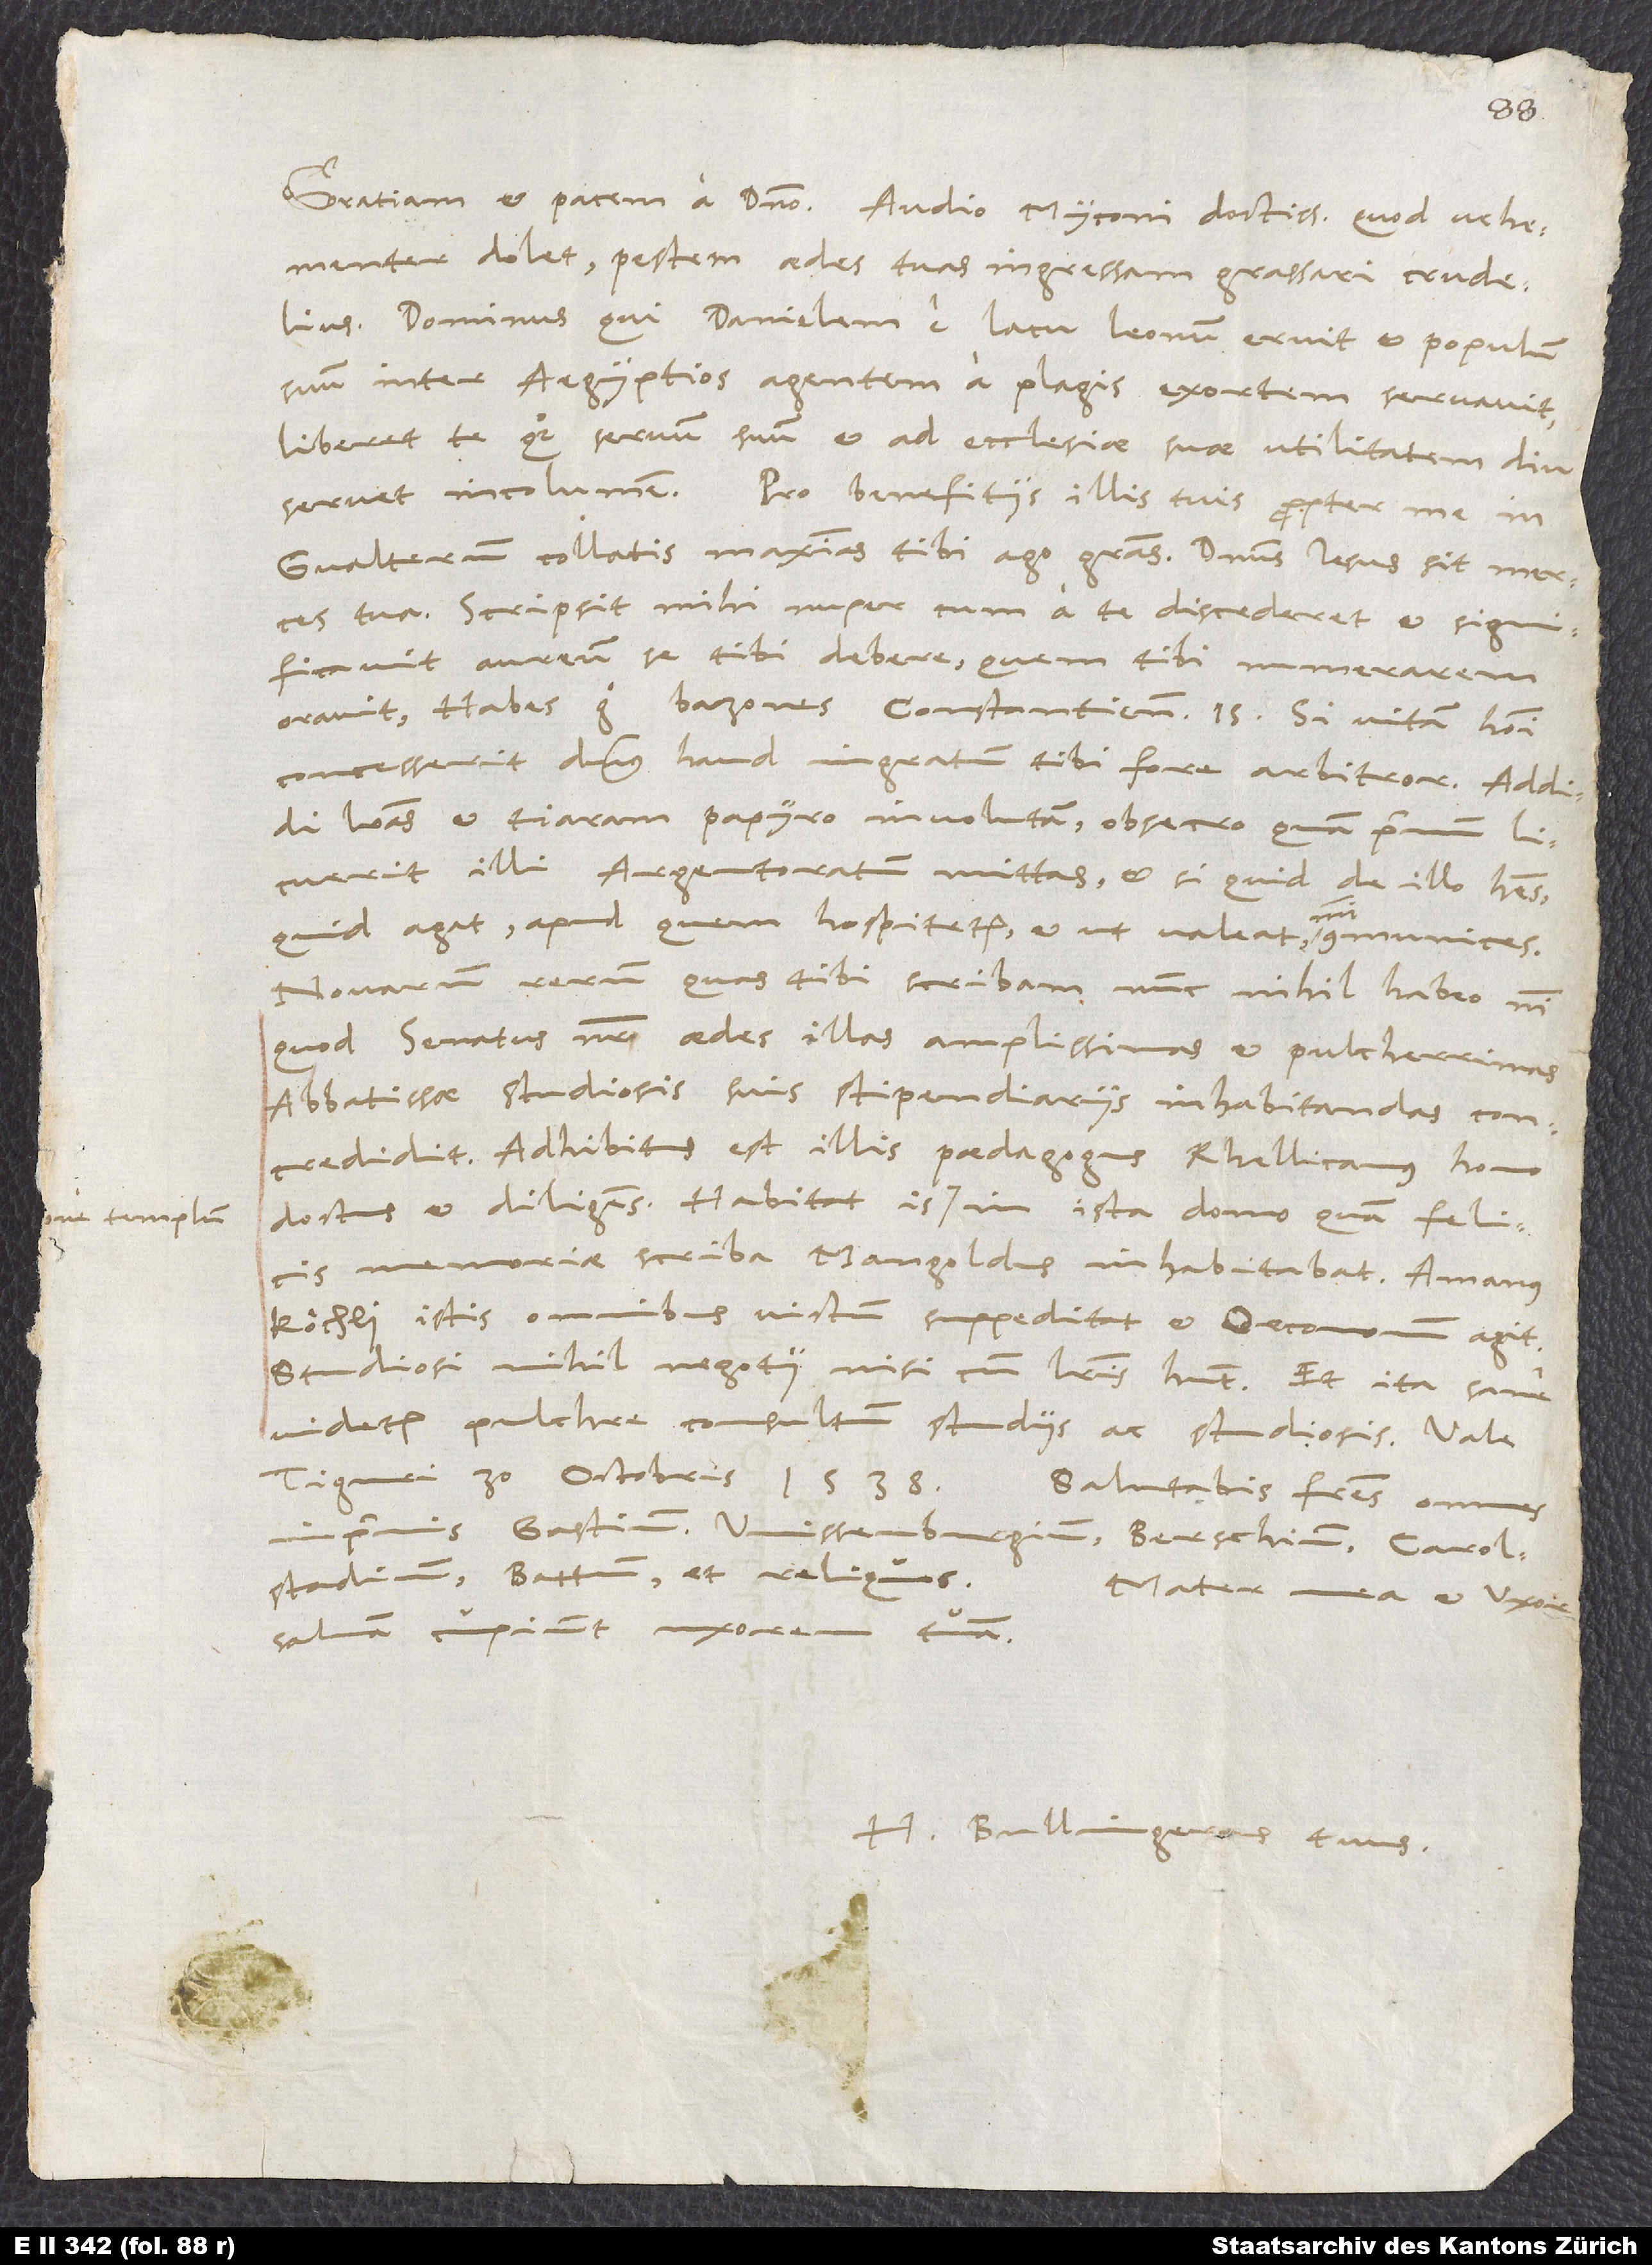
dolet, pestem aedes tuas ingressam grassari crudelius.
Dominus, qui Danielem e lacu leonum eruit et populum
suum inter Aegyptios agentem a plagis exortem servavit,
liberet te quoque, servum suum, et ad ecclesiae suae utilitatem diu
Gvalterum collatis maximas tibi ago gratias. Dominus Iesus sit merces
tua. Scripsit mihi nuper, cum a te discederet, et significavit
aureum se tibi debere, quem tibi numerarem
Habes ergo bazones Constantienses 15. Si vitam homini
concesserit dominus, haud ingratum tibi fore arbitror. Addidi
litteras et tiaram papyro involutam; obsecro, quam primum licuerit
illi Argentoratum mittas, et si quid de illo habes,
quid agat, apud quem hospitetur et ut valeat, mihi communices.
Novarum rerum, quas tibi scribam, nunc nihil habeo, nisi
quod senatus noster aedes illas amplissimas et pulcherrimas
abbatissae studiosis suis stipendiariis inhabitandas concredidit.
Adhibitus est illis paedagogus Rhellicanus, homo
doctus et diligens. Habitat is one templum in ista domo, quam felicis
memoriae scriba Mangoldus inhabitabat. Amanus
Köchli istis omnibus victum suppeditat et oeconomum agit.
Studiosi nihil negotii nisi cum litteris habent. Et ita sane
videtur pulchre consultum studiis ac studiosis.
Tiguri, 30. octobris 1538.
Salutabis fratres omnes,
inprimis Gastium, Wissenburgium, Berschium, Carolstadium,
Battum et reliquos. Mater mea et uxor
salvam cupiunt uxorem tuam.
H. Bullingerus tuus.